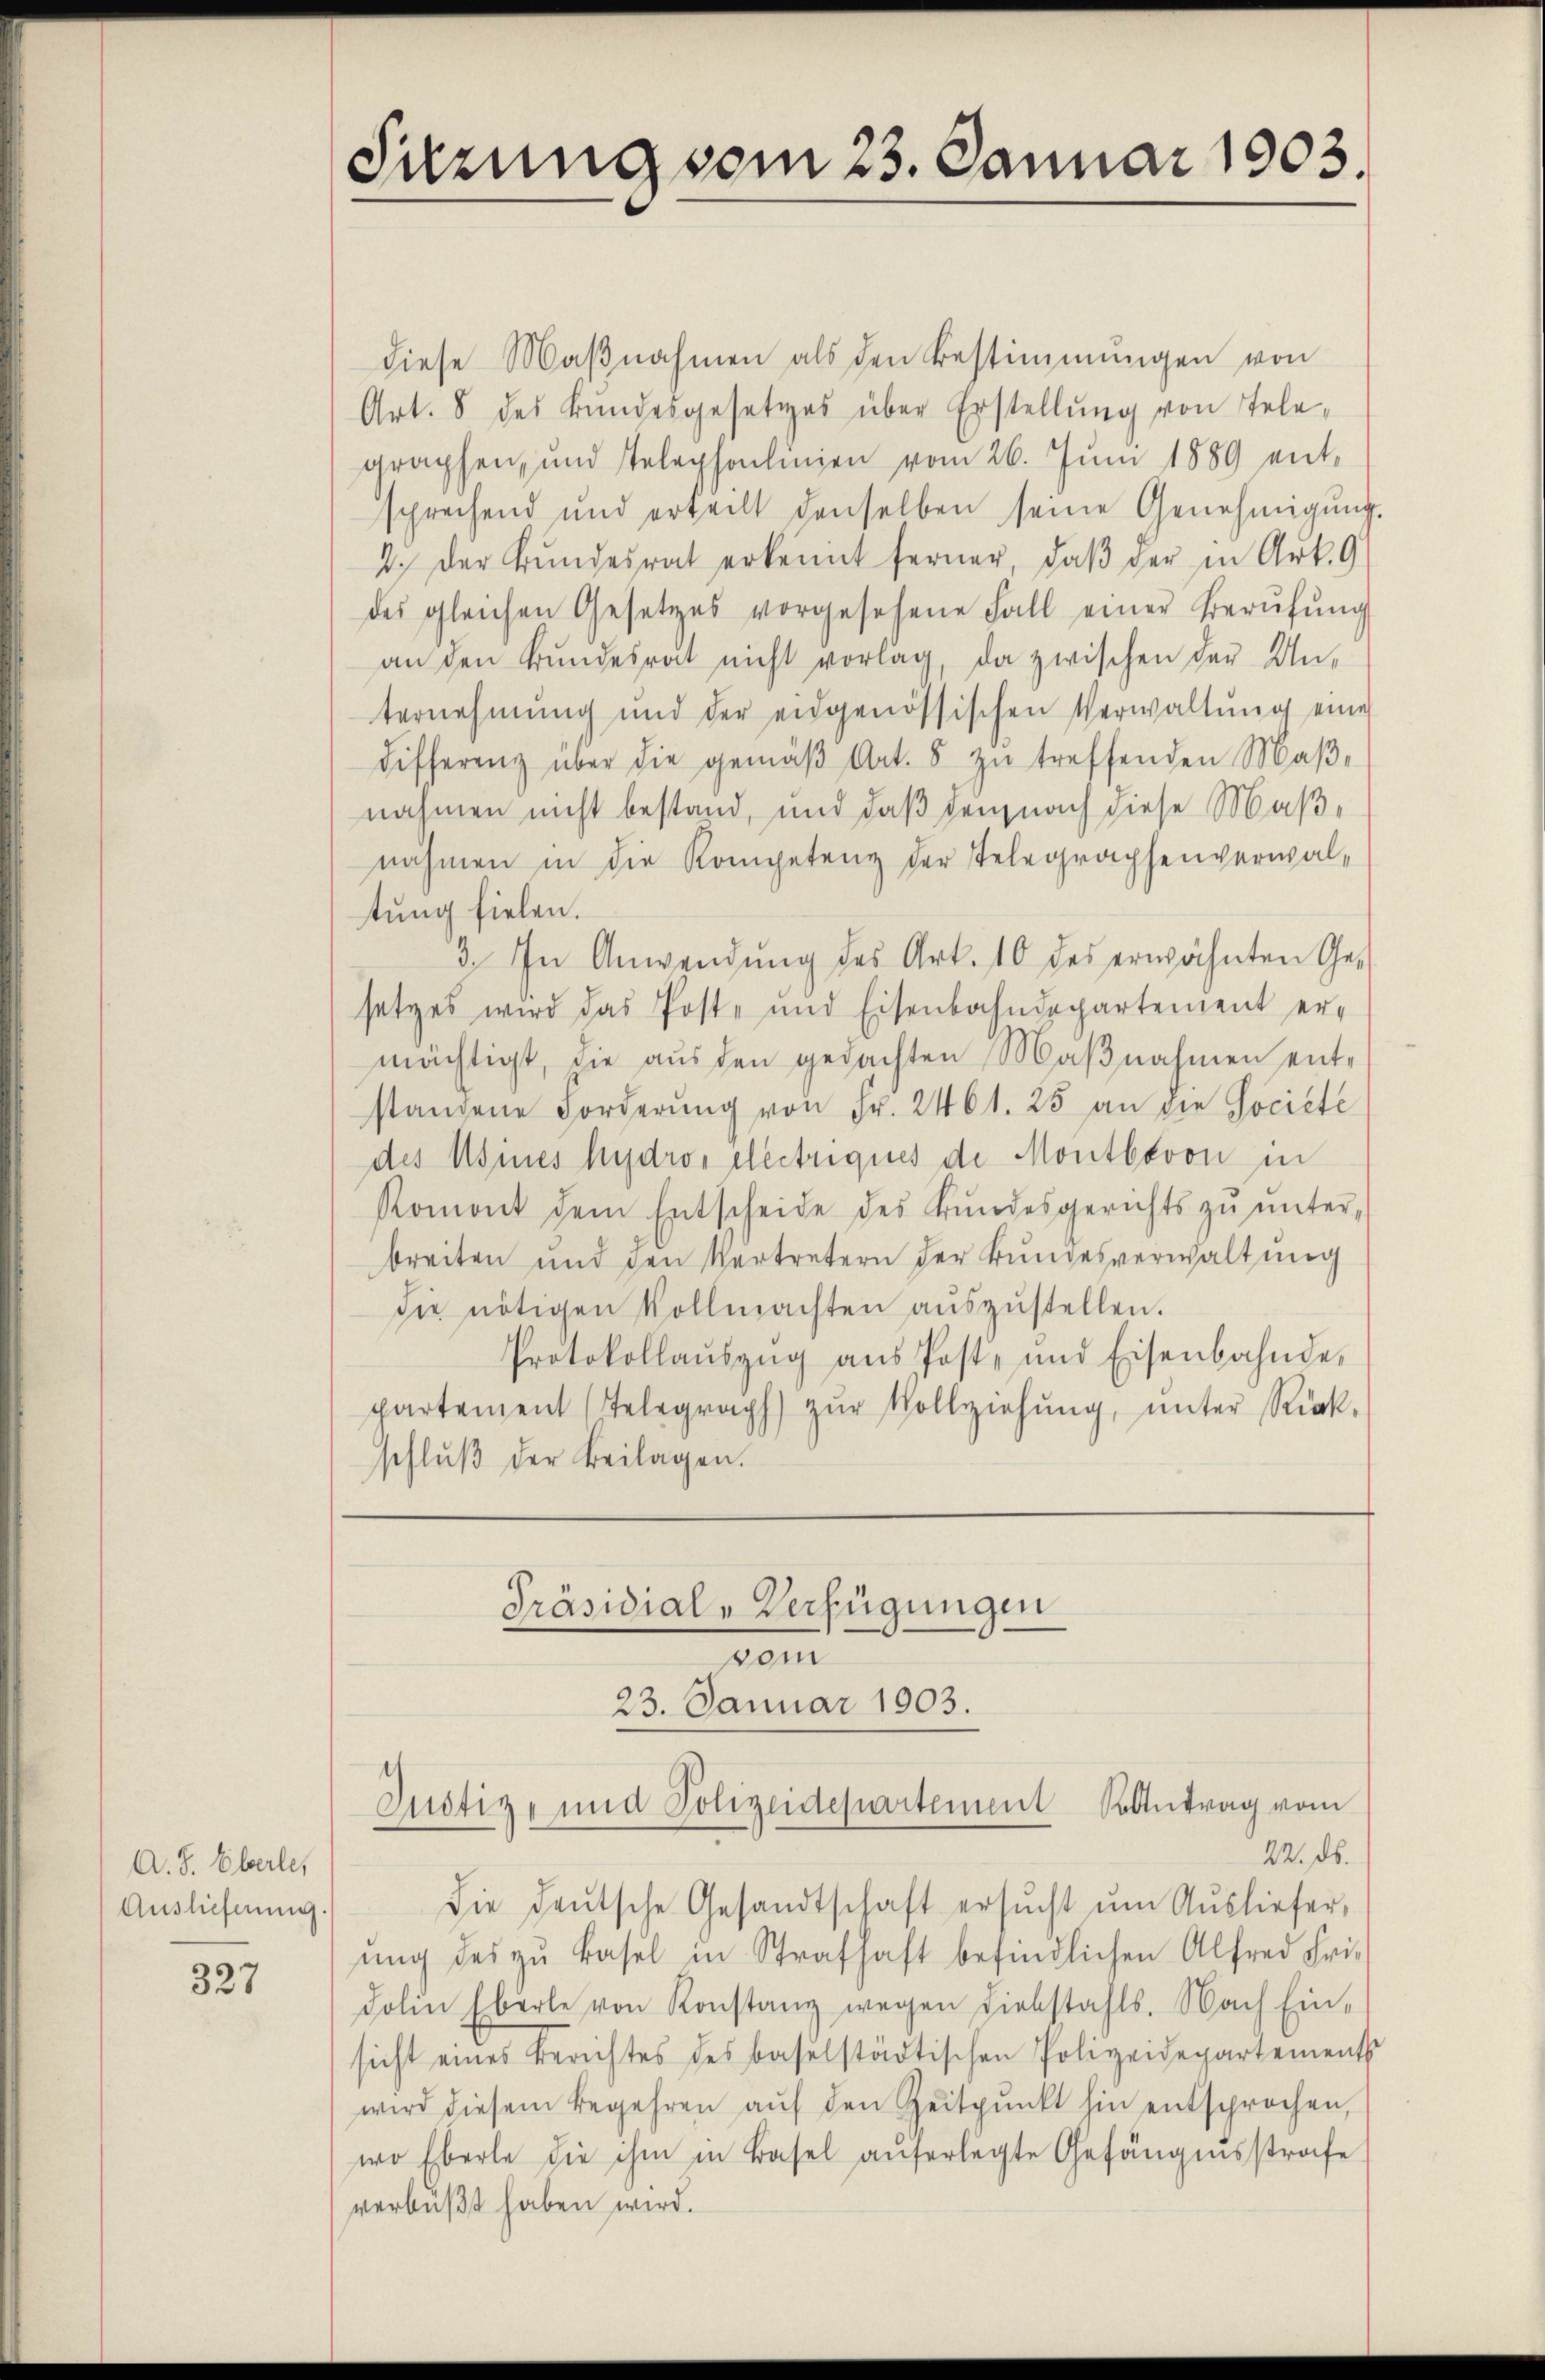
A. S. Eberle,
Auslieferung.

327

Sitzung vom 23. Januar 1903.

diese Maßnahmen als den Bestimmungen von
Art. 8 des Bundesgesetzes über Erstellung von Telegraphen, und Telephonlinien vom 26. Juni 1889 ent-
sprechend und erteilt denselben seine Genehmigŭng.
2. Der Bŭndesrat erkennt ferner, daβ der in Art. 9
des gleichen Gesetzes vorgesehene Fall einer Berŭfŭng
an den Bŭndesrat nicht vorlag, da zwischen der Un-
ternehmung und der eidgenössischen Verwaltung eine
differenz über die gemäβ Art. 5 zŭ treffenden Maβ-
nahmen nicht bestand, und daß demnach diese Maßnahmen in die Kompetenz der Telegraphenverwaltung fielen.
3. In Anwendung des Art. 10 des erwähnten Ge-
setzes wird das Poste und Eisenbahndepartement er-
mächtigt, die aus den gedachten Maβnahmen ent-
standene Forderŭng von Fr. 2461. 25 an die Societe
des Meines hydros electriques de Montbovon in
Romont dem Entscheide des Bŭndesgerichts zŭ ŭnter-
breiten und den Vertretern der Bundesverwaltung
die nötigen Vollmachten aŭszŭstellen.
Protokollauszug aus Post- und Eisenbahnde-
partement (Telegraph) zŭr Vollziehŭng ŭnter Rück-
schlŭβ der Beilagen.
Präsidial-Verfügungen
vom
23. Januar 1903.

22. ds.
Die deutsche Gesandtschaft ersŭcht um Ausliefer,
ŭng des zu Basel in Strafhaft befindlichen Alfred Fri
dolin Eberle von Konstanz wegen Liebstahls. Nach Ein-
sicht eines Berichtes des baselstädtischen Polizeidepartements
wird diesem Begehren aŭf den Zeitpunkt hin entsprochen,
wo Eberle die ihm in Basel auferlegte Gefängnisstrafe
verbüßt haben wird.

Justiz- und Polizeidepartement Kontrag vom